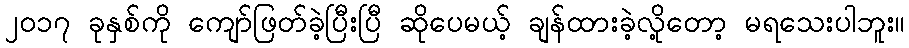
၂၀၁၇ ခုနှစ်ကို ကျော်ဖြတ်ခဲ့ပြီးပြီ ဆိုပေမယ့် ချန်ထားခဲ့လို့တော့ မရသေးပါဘူး။